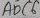
Text: ADC6